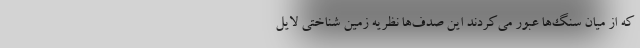
که از میان سنگ‌ها عبور می‌کردند این صدف‌ها نظریه زمین شناختی لایل